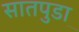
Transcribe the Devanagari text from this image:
सातपुडा़